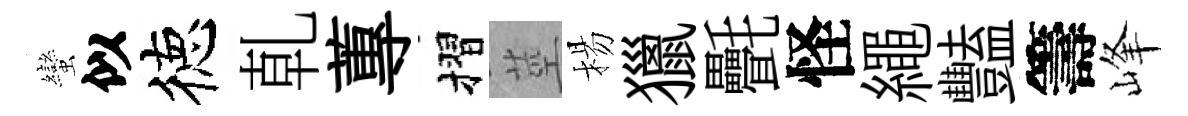
蠻似徳乹蓴摺莖楊獵㲲怪繩豔籌峰